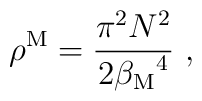
\rho^{\rm M}={\pi^2 N^2 \over 2 {{\beta}_{\rm M}}^4}\ ,